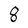
Character: 8